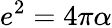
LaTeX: e^{2}=4\pi\alpha